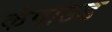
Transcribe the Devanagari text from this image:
कंपाउड